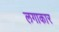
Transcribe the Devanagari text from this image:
लगाकार